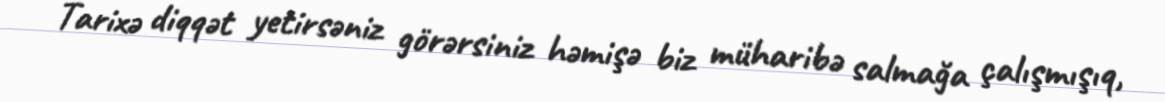
Tarixə diqqət yetirsəniz görərsiniz həmişə biz müharibə salmağa çalışmışıq,